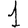
Digit: 1